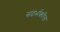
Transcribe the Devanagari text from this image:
संदर्भाकरिता